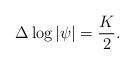
\begin{align*}\Delta\log|\psi|=\frac{K}{2}.\end{align*}